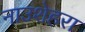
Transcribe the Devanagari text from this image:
नाउशेहरा